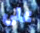
على